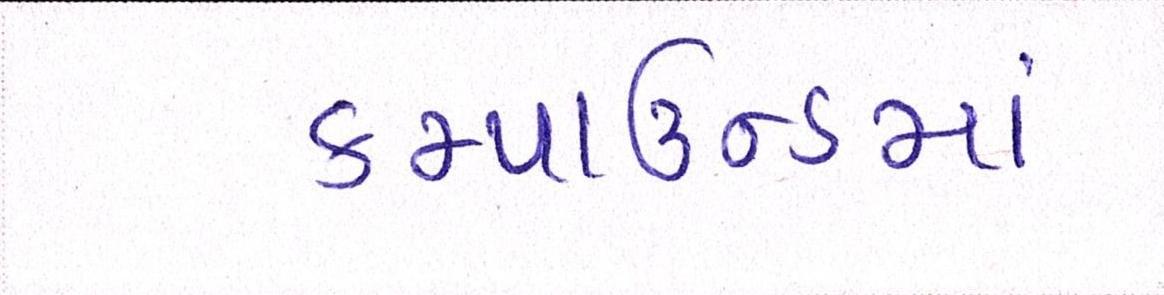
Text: કમ્પાઉન્ડમાં